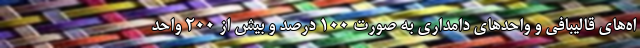
اه‌های قالیبافی و واحدهای دامداری به صورت ۱۰۰ درصد و بیش از ۲۰۰ واحد